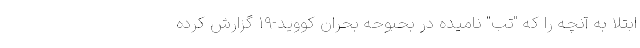
ابتلا به آنچه را که "تب" نامیده در بحبوحه بحران کووید-۱۹ گزارش کرده